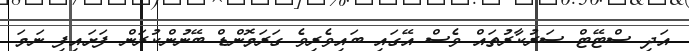
އަދި ސްޓޭޓް ސަރުކާރުތައް ވެސް އޭގައި ބައިވެރިވެ ގަރަމޮންޑް ބޭނުންކުރަން ފަށައިފި ނަމަ